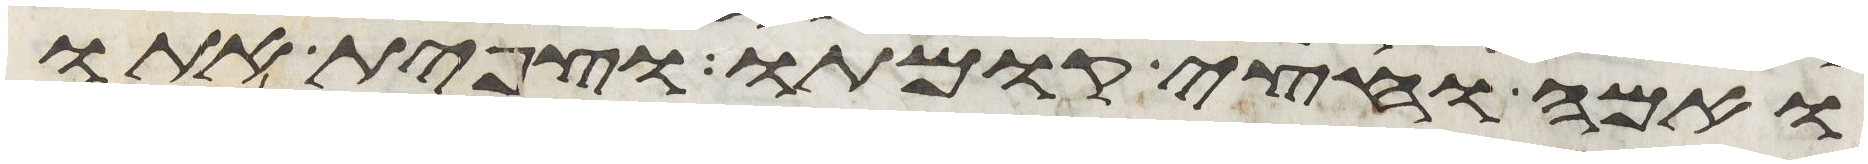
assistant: ואמה וחצי קומתו וצפית אתו